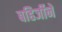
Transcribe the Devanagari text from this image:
बहिर्जीने